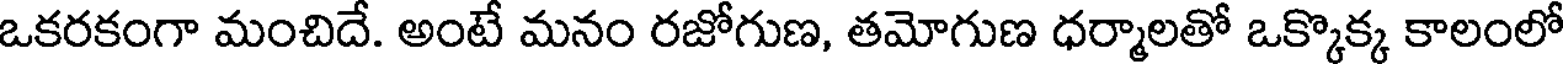
ఒకరకంగా మంచిదే. అంటే మనం రజోగుణ, తమోగుణ ధర్మాలతో ఒక్కొక్క కాలంలో